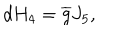
LaTeX: d H _ { 4 } = \overline { { { g } } } J _ { 5 } ,